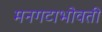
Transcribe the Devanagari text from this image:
मनगटाभोवती